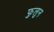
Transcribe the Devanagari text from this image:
फुलुन